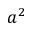
a ^ { 2 }